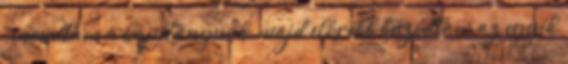
– mondtam a kapitánynak, majd előrébb húzódtam az egyik